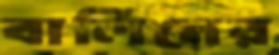
বার্লিনের